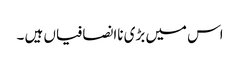
اس میں بڑی ناانصافیاں ہیں ۔